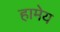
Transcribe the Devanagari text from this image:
हामेय